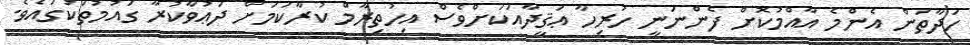
ހަދާތަން އެންމެ އާއްމުކޮށް ފެންނަނީ ހުރިހާ ޢަޤީދާއަކަށްވެސް އިހުތިރާމް ކުރާކަމަށް ދަޢުވާކުރާ ގައުމުތަކުގައެވެ.